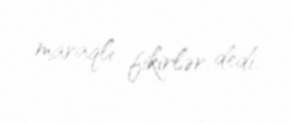
maraqlı fikirlər dedi.